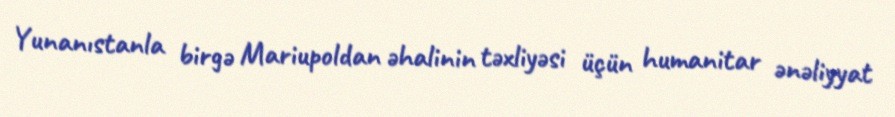
Yunanıstanla birgə Mariupoldan əhalinin təxliyəsi üçün humanitar ənəliyyat